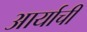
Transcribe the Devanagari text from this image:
आर्याची